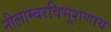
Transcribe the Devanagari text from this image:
नीलाम्बरविभूशणाय